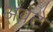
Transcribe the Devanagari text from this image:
अवटे